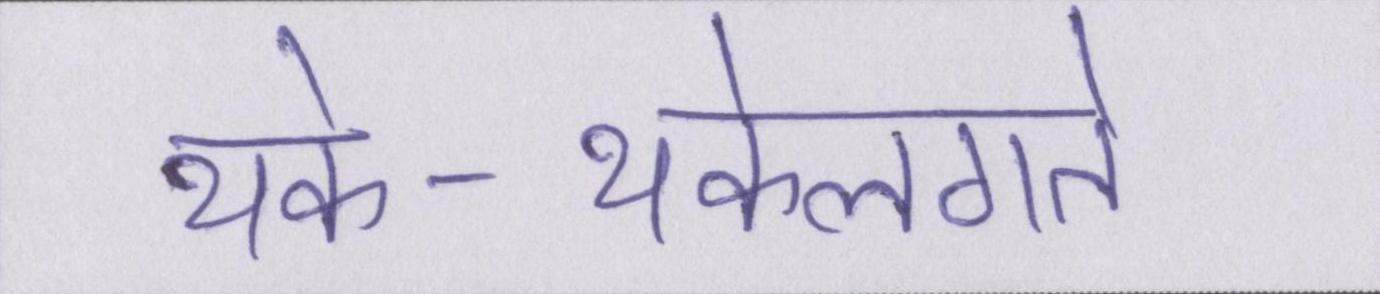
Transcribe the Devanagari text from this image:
थके-थकेलगते